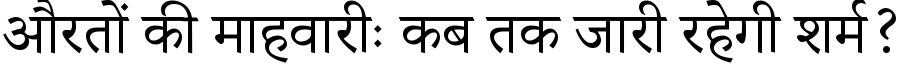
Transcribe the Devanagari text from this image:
औरतों की माहवारीः कब तक जारी रहेगी शर्म?